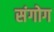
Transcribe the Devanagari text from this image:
संगोग